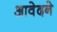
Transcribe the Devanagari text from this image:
आवेदने